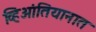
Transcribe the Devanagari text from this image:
व्हिआंतियानात